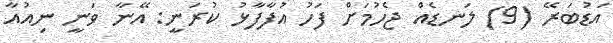
އަޑުބަރޭ (9) ލަނޑެއް ޖެހުމަށް ފަހު އުފާފާޅު ކުރަނީ: އޭނާ ވަނީ ނިއުއާ